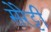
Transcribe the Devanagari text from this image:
सेरेट्टी